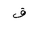
Letter: _qaf